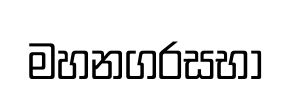
මහනගරසභා